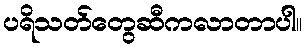
ပရိသတ်တွေဆီကလာတာပါ။